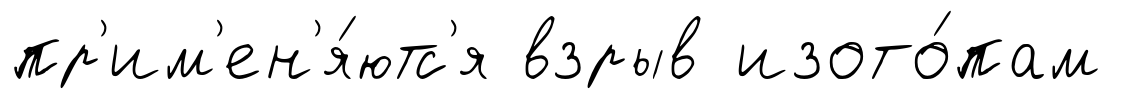
пр'им'ен'я́ютс'я взрыв изото́пам